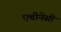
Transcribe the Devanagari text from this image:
एबीनेसी